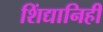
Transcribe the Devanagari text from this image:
शिंद्यानिही